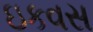
ઇકવસ